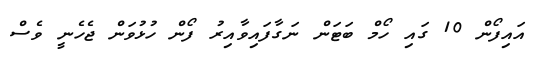
އައިފޯން 10 ގައި ހޯމް ބަޓަން ނަގާފައިވާއިރު ފޯން ހުޅުވަން ޖެހެނީ ވެސް